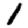
Digit: 1